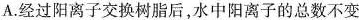
A.经过阳离子交换树脂后，水中阳离子的总数不变